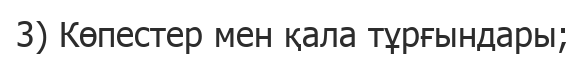
3) Көпестер мен қала тұрғындары;